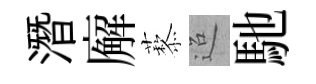
潛廨藜迢馳